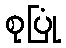
စုပြုံ